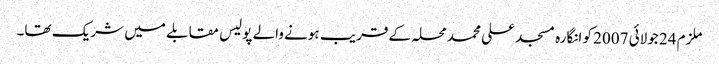
ملزم 24 جولائی 2007 کو انگارہ مسجد علی محمد محلہ کے قریب ہونے والے پولیس مقابلے میں شریک تھا۔